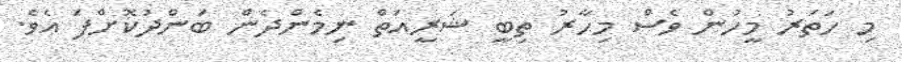
މި ހަތަރު މީހުން ވެސް މިހާރު ތިބީ ޝަރީއަތް ނިމެންދެން ބަންދުކޮށްފަ އެވެ.